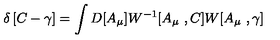
\delta \left[ C - \gamma \right] = \int D [ A _ { \mu } ] W ^ { - 1 } [ A _ { \mu } \ , C ] W [ A _ { \mu } \ , \gamma ]